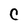
Character: C